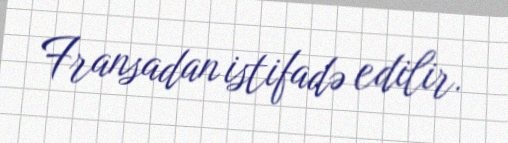
Fransadan istifadə edilir.